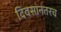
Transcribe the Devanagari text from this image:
दिवसांनंतरच